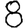
Digit: 8